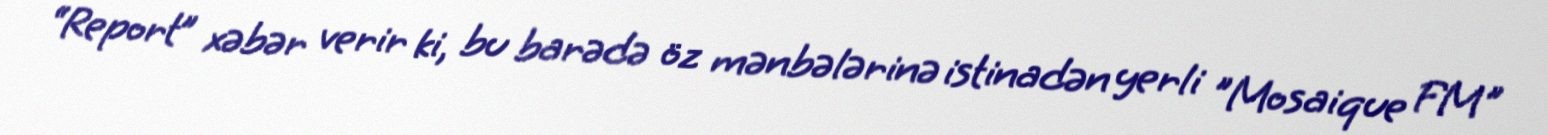
“Report” xəbər verir ki, bu barədə öz mənbələrinə istinadən yerli "Mosaique FM"